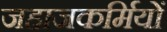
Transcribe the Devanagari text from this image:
जहाजकर्मियों